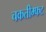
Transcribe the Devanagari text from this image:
चकतीम्फट